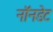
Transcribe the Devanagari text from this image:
नॉनडेट